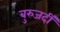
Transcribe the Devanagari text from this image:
बुरुजर्दी